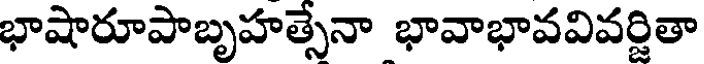
భాషారూపాబృహత్సేనా భావాభావవివర్జితా